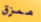
ممزق